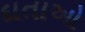
દાતાઓ